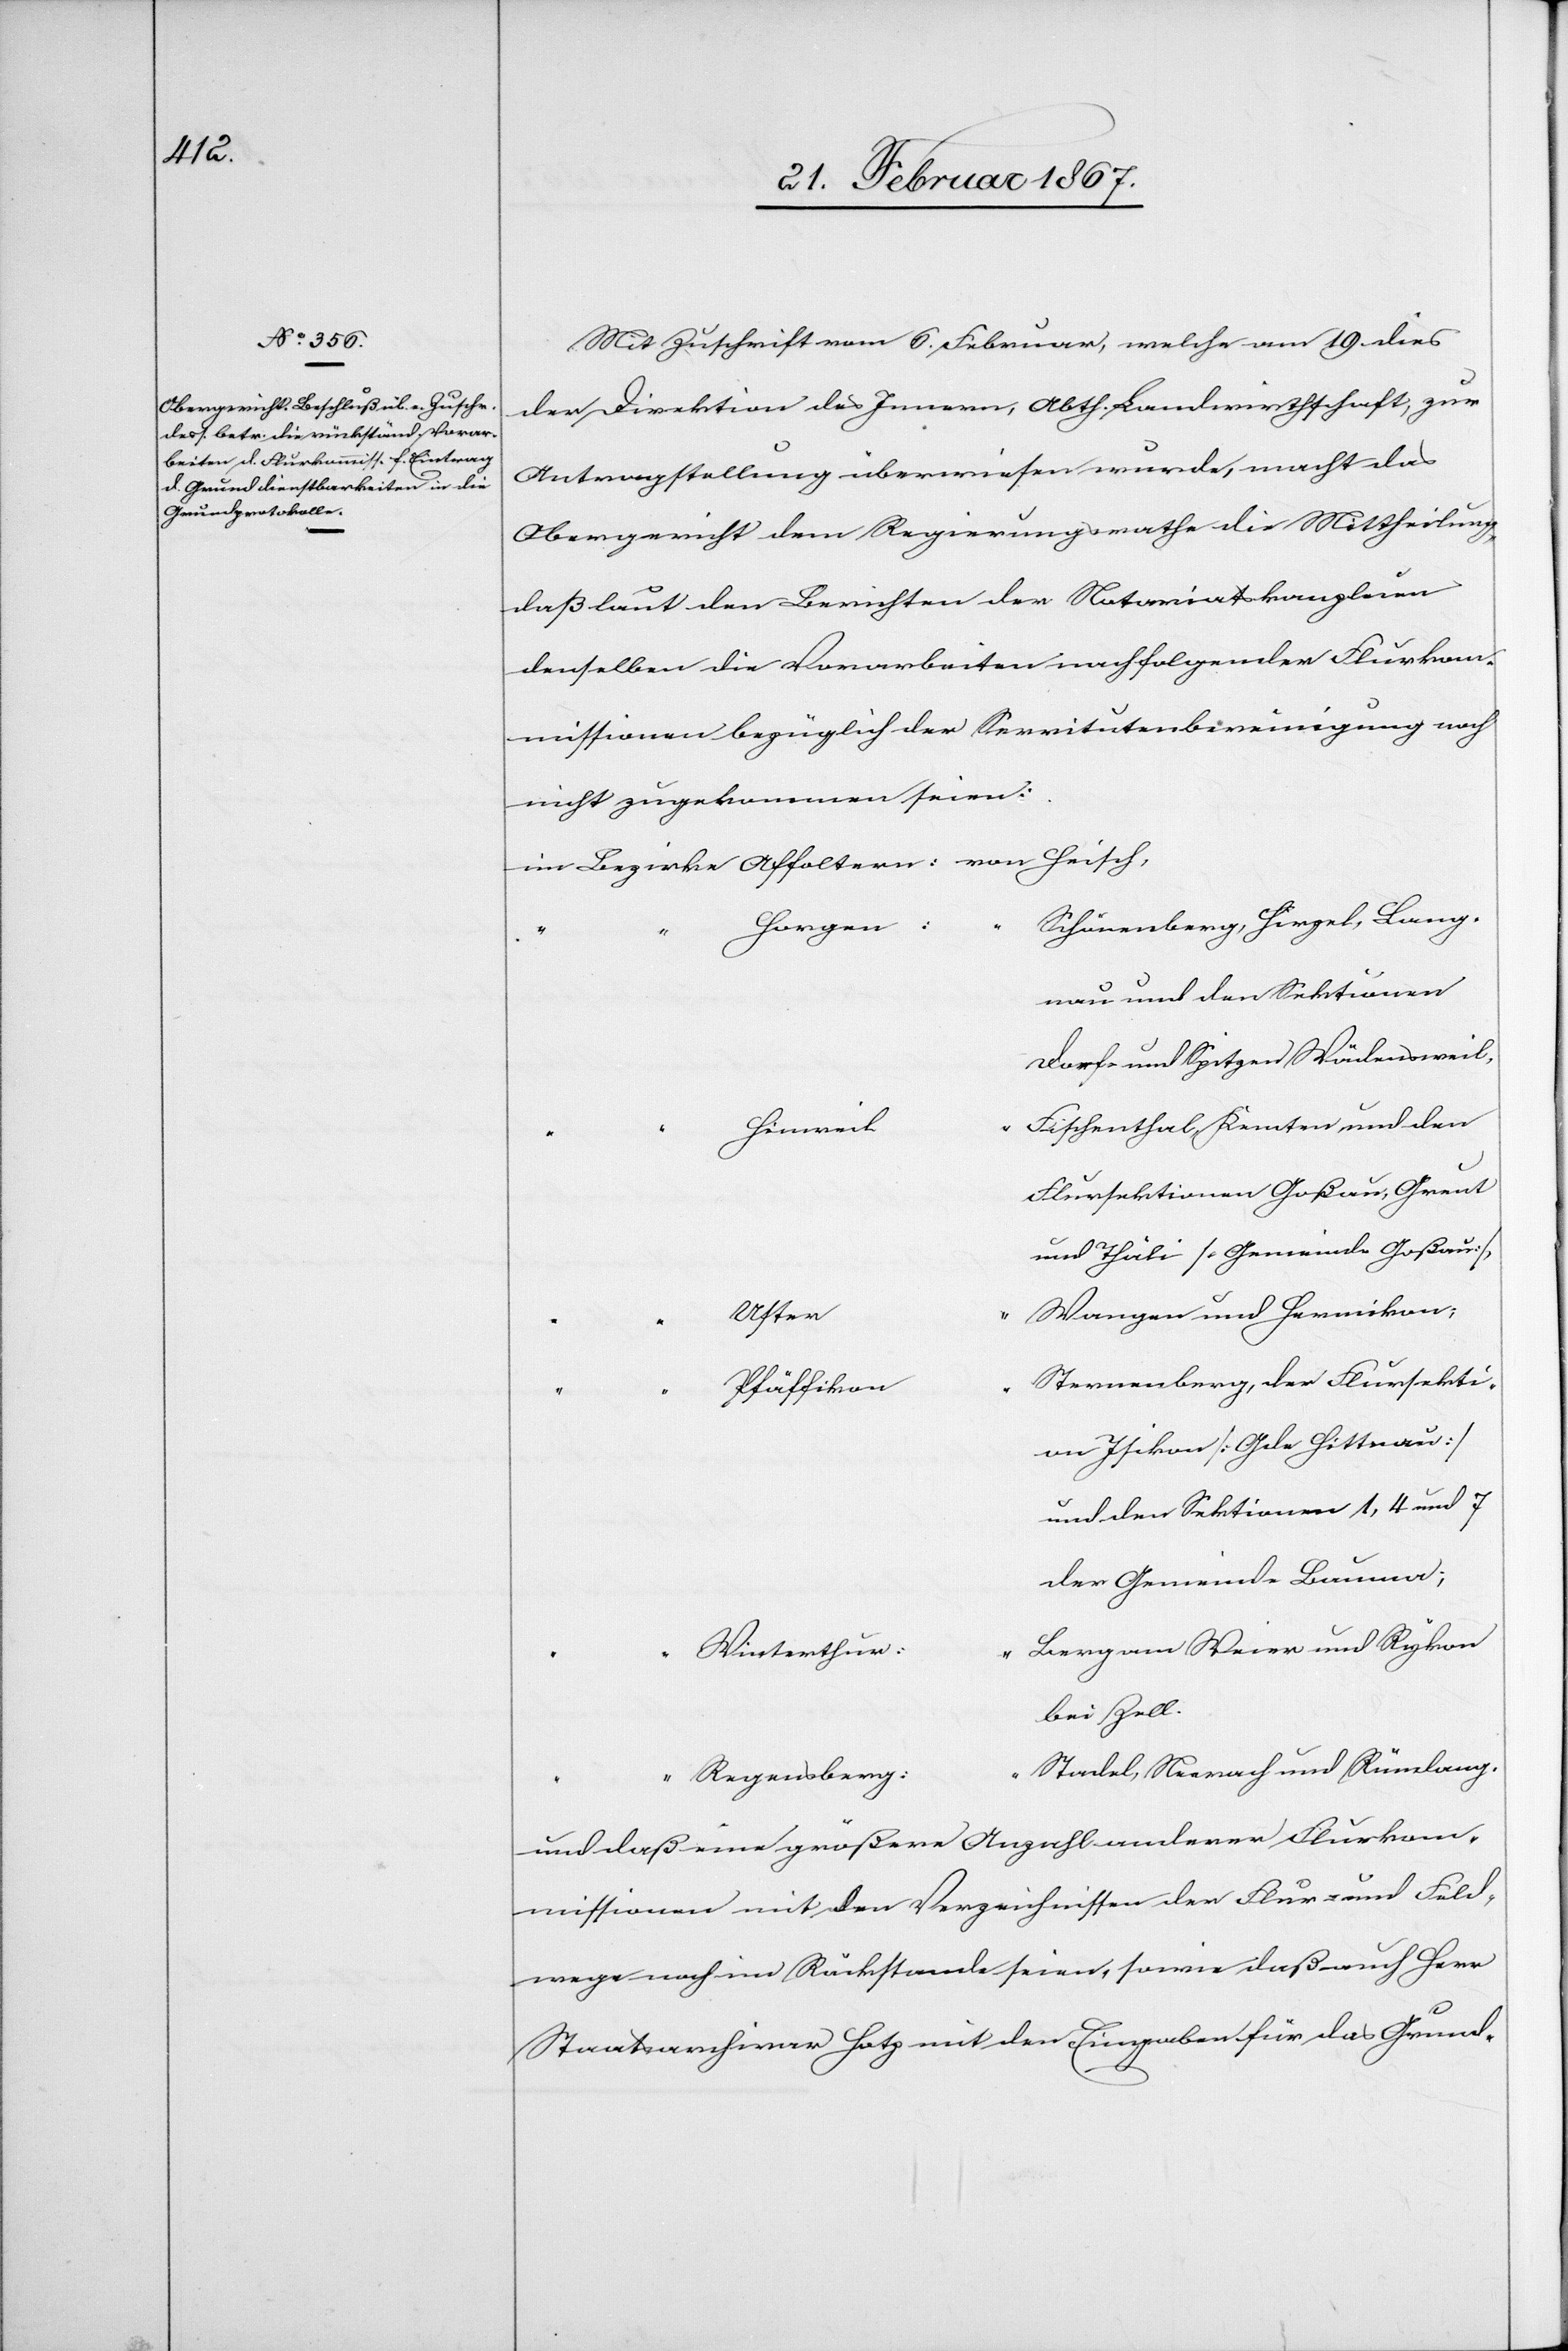
Mit Zuschrift vom 6. Februar, welche am 19. dies
der Direktion des Innern, Abth. Landwirthschaft, zur
Antragstellung überwiesen wurde, macht das
Obergericht dem Regierungsrathe die Mittheilung,
daß laut den Berichten der Notariatskanzleien
denselben die Vorarbeiten nachfolgender Flurkom¬
missionen bezüglich der Servitutenbereinigung noch
nicht zugekommen seien:
im Bezirke	Affoltern:	von 	Heisch,
“	Schönenberg, Hirzel, Lang¬
nau und den Sektionen
Dorf- und Spitzen Wädensweil,
“	Fischenthal, Kemten und den
Flursektionen Goßau, Greut
und Thäli [Gemeinde Goßau],
“	Wangen und Hermikon;
“	Sternenberg, der Flursekti¬
on Isikon [Gde Hittnau]
und den Sektionen 1, 4 und 7
der Gemeinde Bauma;
“	Berg am Weier und Rykon
bei Zell.
“	Stadel, Neerach und Rümlang.
und daß eine größere Anzahl anderer Flurkom¬
missionen mit den Verzeichnissen der Flur- und Feld¬
wege noch im Rückstande seien, sowie daß auch Herr
Staatsarchivar Hotz mit den Eingaben für das Grund-